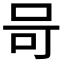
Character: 𭇎